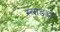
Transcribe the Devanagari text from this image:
स्लाडडों